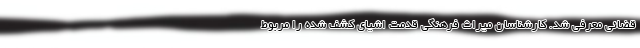
قضائی معرفی شد. کارشناسان میراث فرهنگی قدمت اشیای کشف شده را مربوط